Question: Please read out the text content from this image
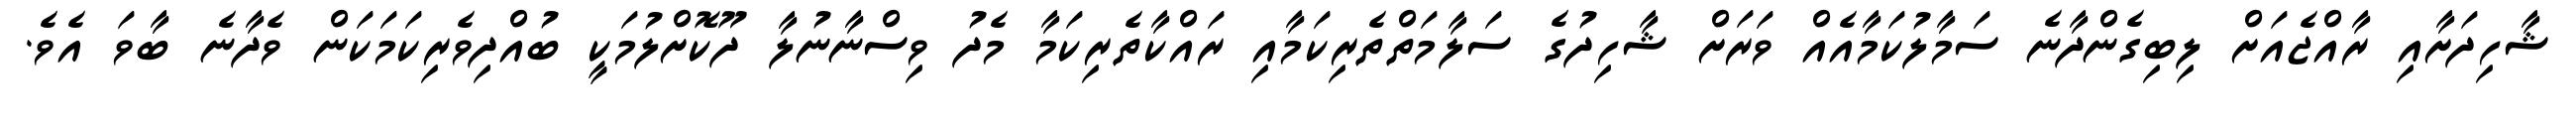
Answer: ޝާހިދަށާއި ރާއްޖެއަށް ލިބިގެންދާނެ ސަމާލުކަމާއެއް ވަރަށް ޝާހިދުގެ ސަލާމަތްތެރިކަމާއި ރައްކާތެރިކަމާ މެދު ވިސްނާނުލާ ދޫކޮށްލުމަކީ ބުއްދިވެރިކަމަކަން ވެދާނެ ބާވަ އެވެ.